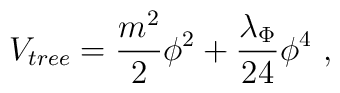
V_{tree} = {m^2 \over 2} \phi^2 + {\lambda_\Phi \over 24} \phi^4~,